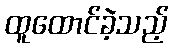
ထူထောင်ခဲ့သည့်